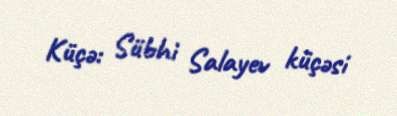
Küçə: Sübhi Salayev küçəsi